Senior Leaving Certificate Examination (including Day School Certificate (Higher) General paper), 1947
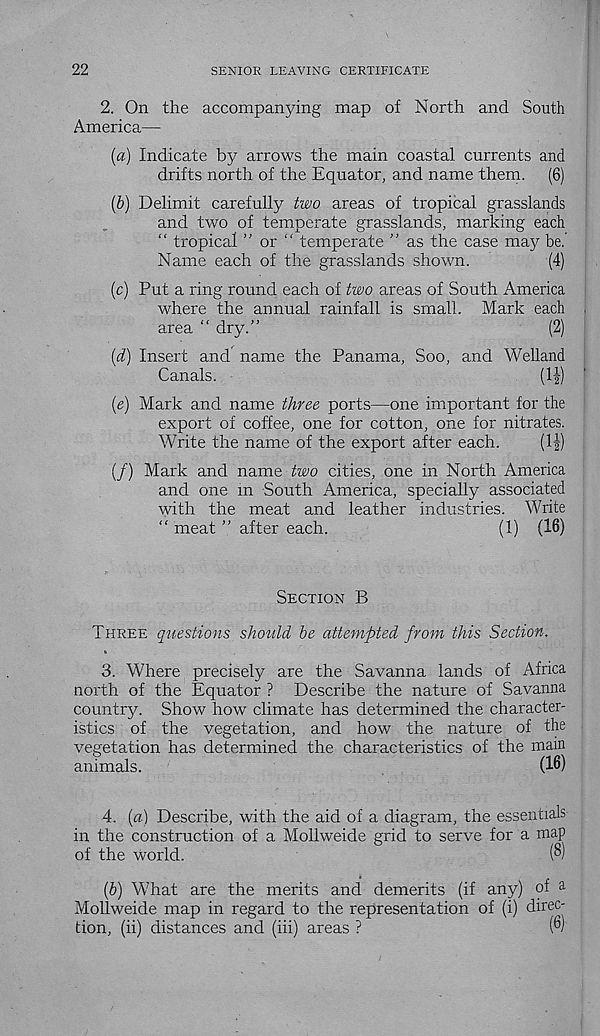
22
SENIOR LEAVING CERTIFICATE
2. On the accompanying map of North and South
America—
(a) Indicate by arrows the main coastal currents and
drifts north of the Equator, and name them. (6)
(b) Delimit carefully two areas of tropical grasslands
and two of temperate grasslands, marking each
“ tropical ” or " temperate ” as the case may be.'
Name each of the grasslands shown.
(4)
(c) Put a ring round each of two areas of South America
where the annual rainfall is small. Mark each
area “ dry.”
(2)
(d) Insert and name the Panama, Soo, and Welland
Canals.
(1|)
(e) Mark and name three ports—one important for the
export of coffee, one for cotton, one for nitrates.
Write the name of the export after each.
(1|)
(/) Mark and name two cities, one in North America
and one m South America, specially associated
with the meat and leather industries. Write
“ meat ” after each.
(1) (16)
Section B
Three questions should be attempted from this Section.
3. Where precisely are the Savanna lands of Africa
north of the Equator ? Describe the nature of Savanna
country. Show how climate has determined the character-
istics of the vegetation, and how the nature of the
vegetation has determined the characteristics of the main
animals.
(16)
4. (a) Describe, with the aid of a diagram, the essentials
in the construction of a Mollweide grid to serve for a map
of the world.
(8)
(b) What are the merits and demerits (if any) of a
Mollweide map in regard to the representation of (i) direc-
tion, (ii) distances and (iii) areas ?
(°)